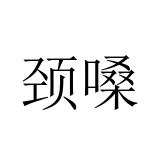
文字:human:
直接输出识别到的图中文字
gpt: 颈嗓